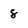
Character: 8